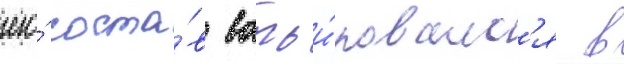
его́ соста́в варьи́ровалс'я в